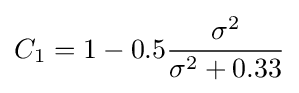
C_{1}=1-0.5{\frac {\sigma ^{2}}{\sigma ^{2}+0.33}}